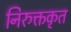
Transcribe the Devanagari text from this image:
निरुक्तकृत